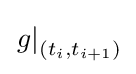
\left.g\right|_{(t_{i},t_{i+1})}